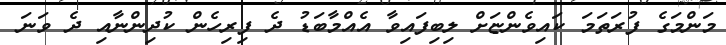
މަންމަގެ ފުރަތަމަ ކައިވެންޏަށް ލިބިފައިވާ އެއްމާބަޑު ދެ ފިރިހެން ކުދިންނާއި ދެ ވަނަ